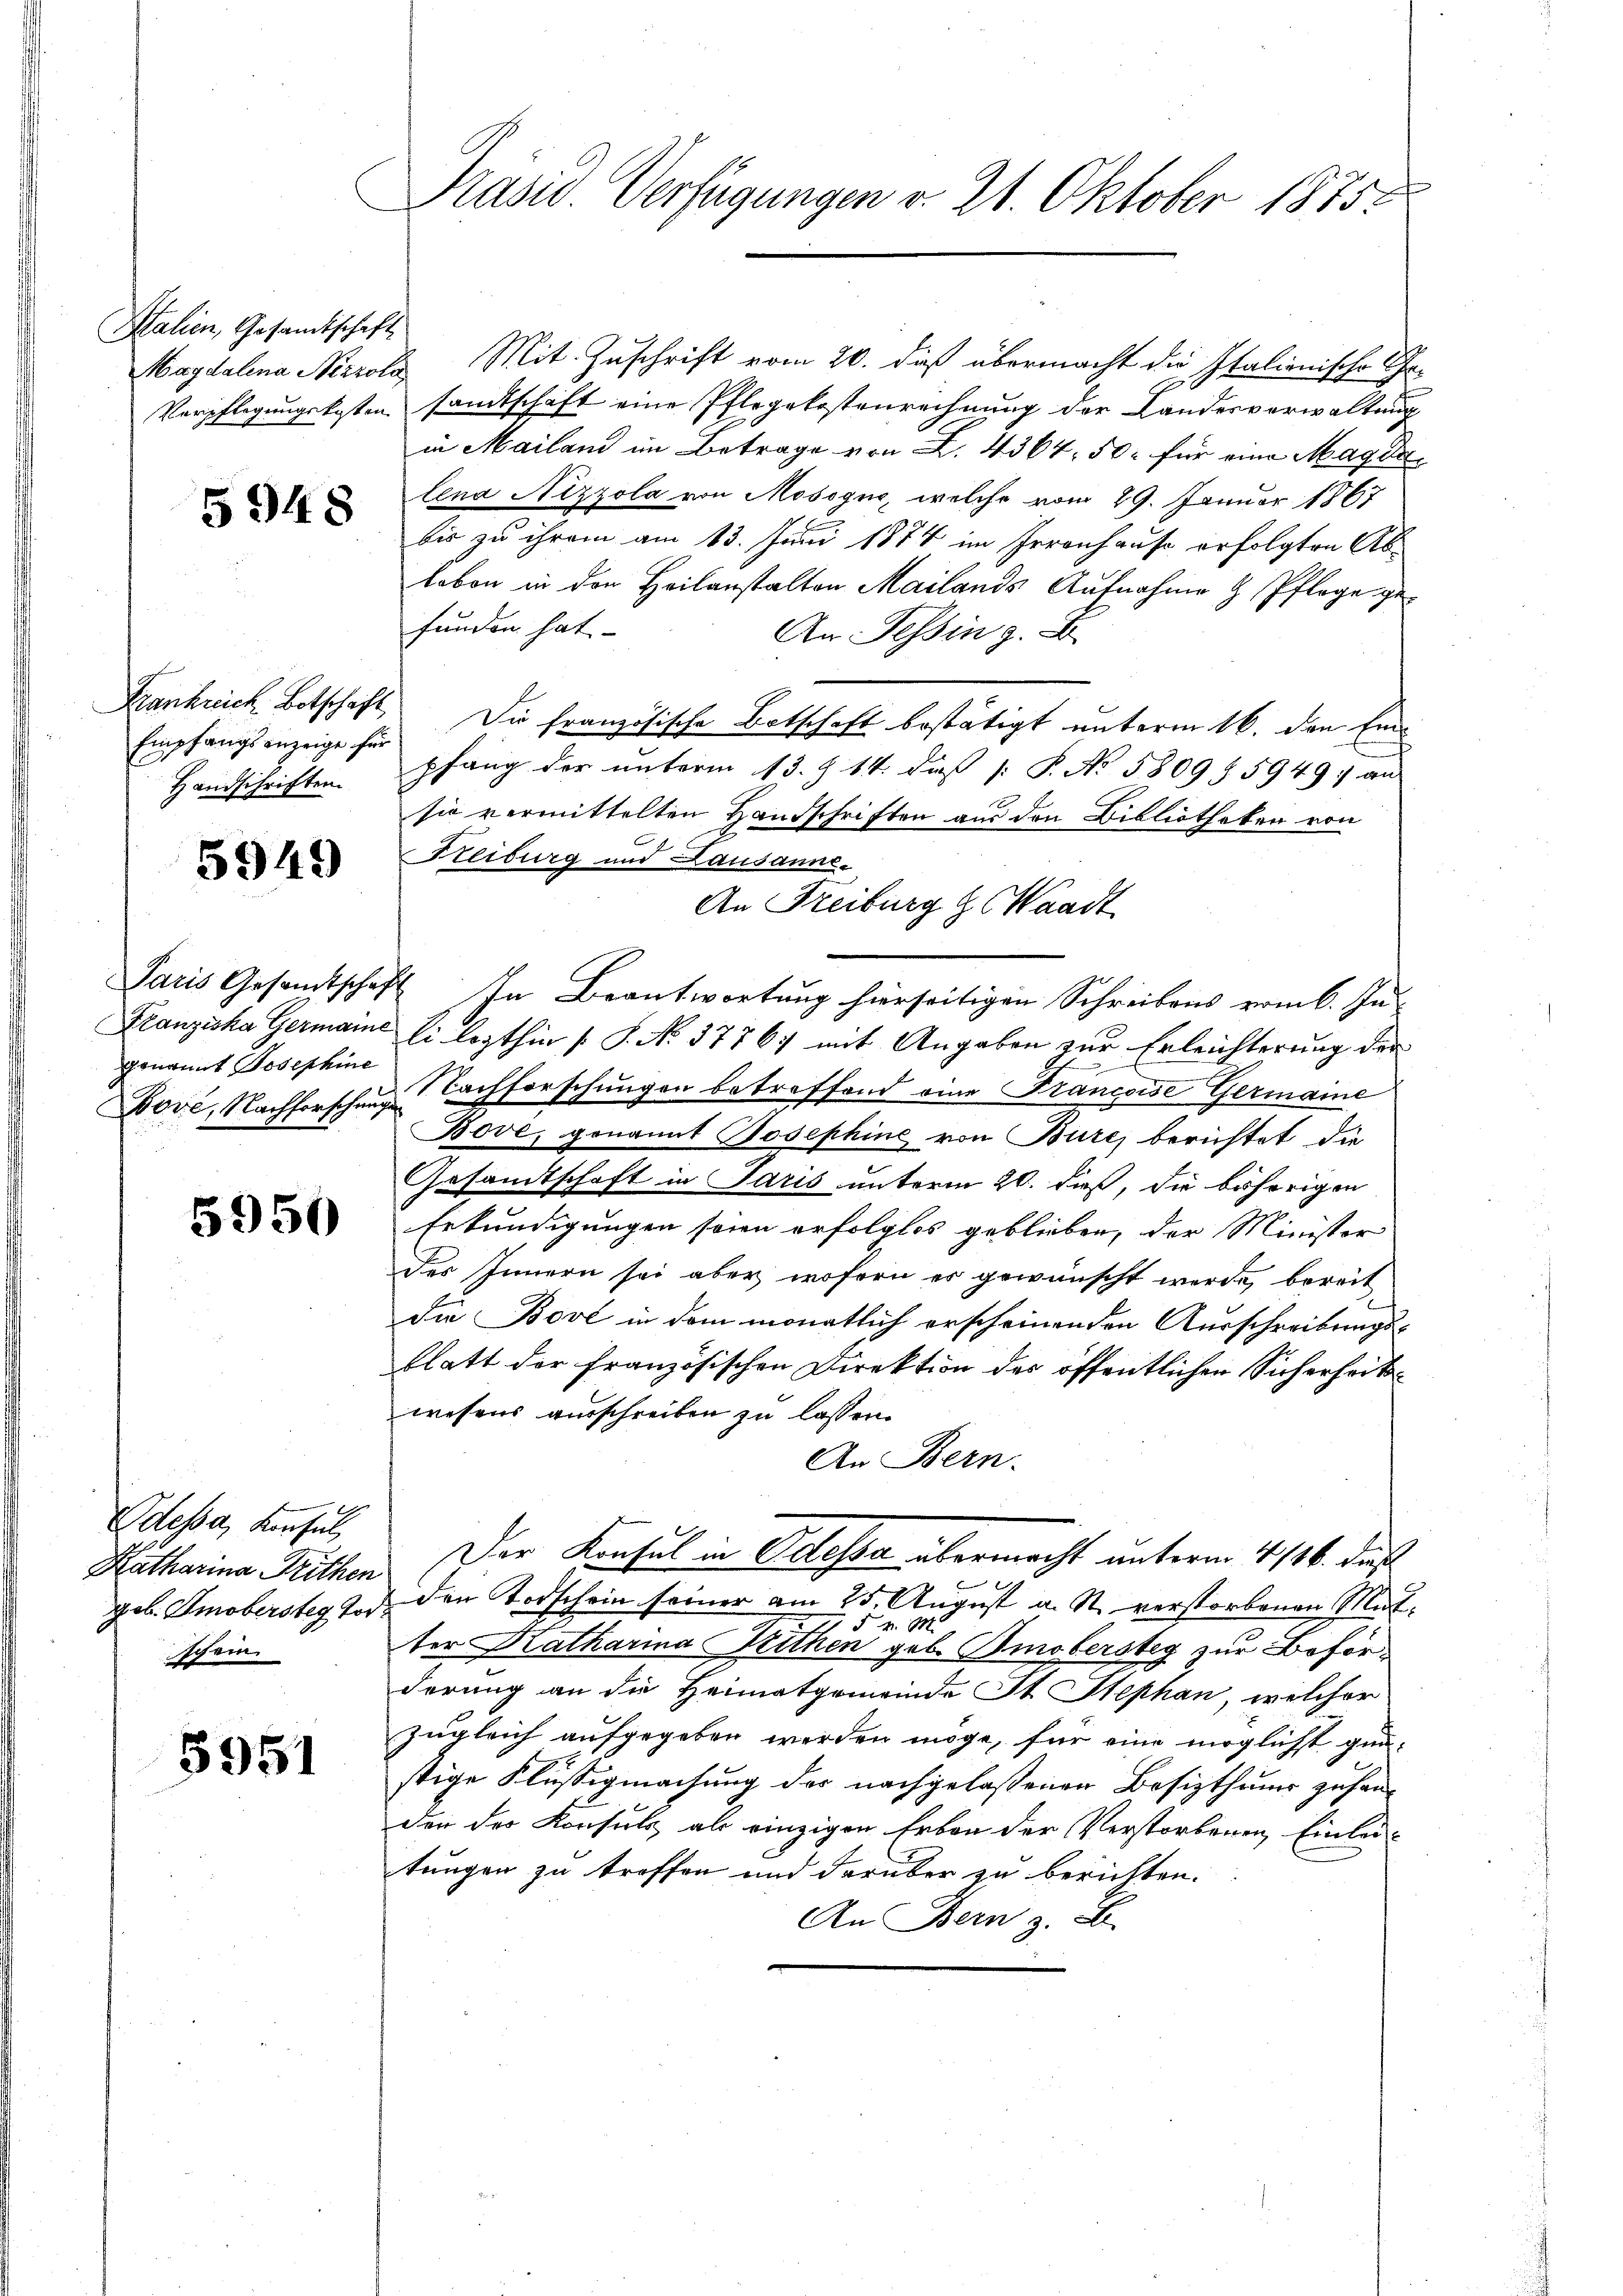
Stalien, Gesamtschaft

5948

Empfangsanzeige für
Handschriften.

5949

genannt Josephine

5950

Odessa, Konsul,
schein

5951

Präsid. Verfügungen v. 21. Oktober 1875.

Magdalena Nizrols Mit Zuschrift vom 20. dieß übermacht die Italionische Ge¬
Verpflegungskosten sandtschaft eine Pflegekostenrechnung der Landesverwaltung
in Mailand im Betrage von L. 4364. 50. für eine Magist
lena Nizzola von Mosogno, welche vom 29. Januar 1867
bis zu ihrem am 13. Juni 1874 im Irrenhause erfolgten Ab
laben in den Heilanstalten Mailands Aufnahme & Pflege gefunden hat.
An Tessin z. B.
Frankreich Botschaft Die französische Botschaft bestätigt unterm 16. den Einpfang der unterm 13. § 14. daß [ P. No 5809 § 5949: an
sie vermittelten Handschriften aus den Bibliotheken von
Reiburg und Lausanne.
Paris Gesandtschaft In Beantwortŭng hierseitigen Schreibens vom 6. Ju
Franziska Germaine li lezthin (S. No. 37767 mit Angaben zur Erleichterung der
Dove, Nachforschen Nachforschungen betreffend eine Françoise Germaine
Bove, genannt Josephine von Bure, berichtet die
Gesandtschaft in Paris unterm 20. dieß, die behörigen
Erkundigungen seien erfolglos geblieben, der Minister
des Innern sei aber wofern es gewünscht werde, bereit
die Bove in dem monatlich erscheinenden Ausschreibungs-
blatt der französischen Direktion des öffentlichen Sicherheitswesens ausschreiben zu lassen.
An Bern.
Katharina Röthen. Der Konsul in Odessa übermacht unterm 4 1/26. dieß
geb. Smobersteg Tod den Todschein seiner am 25. August a. St. verstorbenen Mut¬
 F. v. M.
ter Katharina Reithen geb. Omobersteg zur Beförderung an die Heimatgemeinde St. Stephan, welcher
zugleich aufgegeben werden möge, für eine möglicht gunstige Flüssigmachung der nachgelassenen Besizthums zu handen des Konsuls, als einzigen Erben der Verstorbenen Einleitungen zu treffen und darüber zu berichten.
An Bern z. B.

An Freiburg z. Waadt